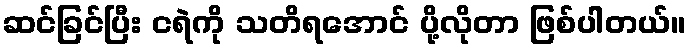
ဆင်ခြင်ပြီး ငရဲကို သတိရအောင် ပို့လိုတာ ဖြစ်ပါတယ်။